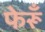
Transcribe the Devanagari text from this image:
फेरूँ